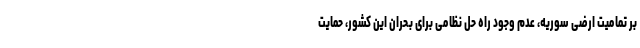
بر تمامیت ارضی سوریه، عدم وجود راه حل نظامی برای بحران این کشور، حمایت